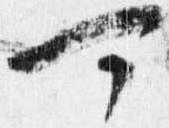
可